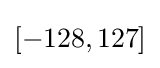
[-128,127]